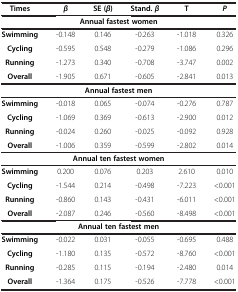
<table><thead><tr><td><b>Times</b></td><td><b><i>β</i></b></td><td><b>SE ( <i>β </i>)</b></td><td><b>Stand. <i>β</i></b></td><td><b>T</b></td><td><b><i>P</i></b></td></tr></thead><tbody><tr><td colspan="6"><b>Annual fastest women</b></td></tr><tr><td><b>Swimming</b></td><td>-0.148</td><td>0.146</td><td>-0.263</td><td>-1.018</td><td>0.326</td></tr><tr><td><b>Cycling</b></td><td>-0.595</td><td>0.548</td><td>-0.279</td><td>-1.086</td><td>0.296</td></tr><tr><td><b>Running</b></td><td>-1.273</td><td>0.340</td><td>-0.708</td><td>-3.747</td><td>0.002</td></tr><tr><td><b>Overall</b></td><td>-1.905</td><td>0.671</td><td>-0.605</td><td>-2.841</td><td>0.013</td></tr><tr><td colspan="6"><b>Annual fastest men</b></td></tr><tr><td><b>Swimming</b></td><td>-0.018</td><td>0.065</td><td>-0.074</td><td>-0.276</td><td>0.787</td></tr><tr><td><b>Cycling</b></td><td>-1.069</td><td>0.369</td><td>-0.613</td><td>-2.900</td><td>0.012</td></tr><tr><td><b>Running</b></td><td>-0.024</td><td>0.260</td><td>-0.025</td><td>-0.092</td><td>0.928</td></tr><tr><td><b>Overall</b></td><td>-1.006</td><td>0.359</td><td>-0.599</td><td>-2.802</td><td>0.014</td></tr><tr><td colspan="6"><b>Annual ten fastest women</b></td></tr><tr><td><b>Swimming</b></td><td>0.200</td><td>0.076</td><td>0.203</td><td>2.610</td><td>0.010</td></tr><tr><td><b>Cycling</b></td><td>-1.544</td><td>0.214</td><td>-0.498</td><td>-7.223</td><td>&lt;0.001</td></tr><tr><td><b>Running</b></td><td>-0.860</td><td>0.143</td><td>-0.431</td><td>-6.011</td><td>&lt;0.001</td></tr><tr><td><b>Overall</b></td><td>-2.087</td><td>0.246</td><td>-0.560</td><td>-8.498</td><td>&lt;0.001</td></tr><tr><td colspan="6"><b>Annual ten fastest men</b></td></tr><tr><td><b>Swimming</b></td><td>-0.022</td><td>0.031</td><td>-0.055</td><td>-0.695</td><td>0.488</td></tr><tr><td><b>Cycling</b></td><td>-1.180</td><td>0.135</td><td>-0.572</td><td>-8.760</td><td>&lt;0.001</td></tr><tr><td><b>Running</b></td><td>-0.285</td><td>0.115</td><td>-0.194</td><td>-2.480</td><td>0.014</td></tr><tr><td><b>Overall</b></td><td>-1.364</td><td>0.175</td><td>-0.526</td><td>-7.778</td><td>&lt;0.001</td></tr></tbody></table>